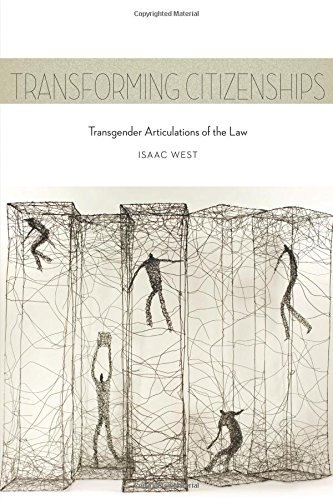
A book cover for Transforming Citizenships: Transgender Articulations of the Law (Sexual Cultures); Isaac West; Gay & Lesbian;